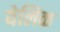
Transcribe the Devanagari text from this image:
येलिक